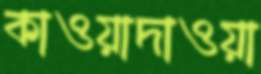
কাওয়াদাওয়া